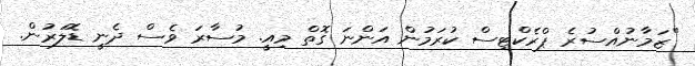
"ޒަމާނުއްސުރެ ޕްރެކްޓިސް ކުރަމުން އަންނަ ގޮތް މިއީ. މުސާރަ ވެސް ދެނީ ޑޮލަރުން.